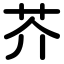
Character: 芥